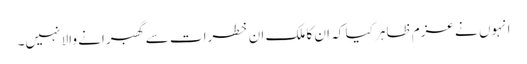
انہوں نے عزم ظاہر کیا کہ ان کا ملک ان خطرات سے گھبرانے والا نہیں۔